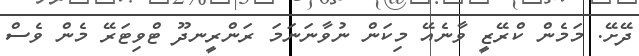
ދޭށޭ. މަމެން ކްރޭޒީ ވާނެއޭ މިކަން ނުވާނަނަމަ ރަންރީނދޫ ޓްވިޓަރޭ މެން ވެސް